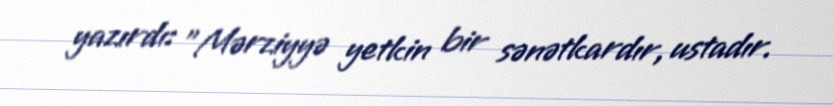
yazırdı: "Mərziyyə yetkin bir sənətkardır, ustadır.